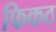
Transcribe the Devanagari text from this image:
फिकठ